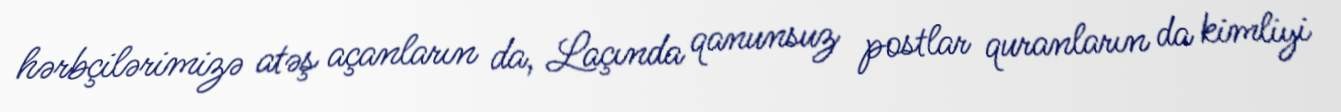
hərbçilərimizə atəş açanların da, Laçında qanunsuz postlar quranların da kimliyi